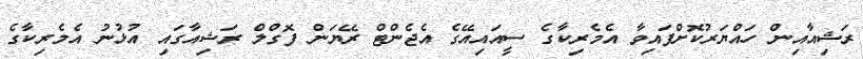
ރަޝިއާއިން ހައްޔަރުކޮށްފައިވާ އެމެރިކާގެ ސީއައިއޭގެ އެޖެންޓް ރޭޔަން ފޮގްލް ރަޝިއާގައި އުޅުނު އެމެރިކާގެ